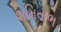
શમિતાભ